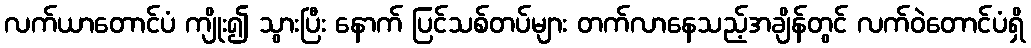
လက်ယာတောင်ပံ ကျိုး၍ သွားပြီး နောက် ပြင်သစ်တပ်များ တက်လာနေသည့်အချိန်တွင် လက်ဝဲတောင်ပံရှိ